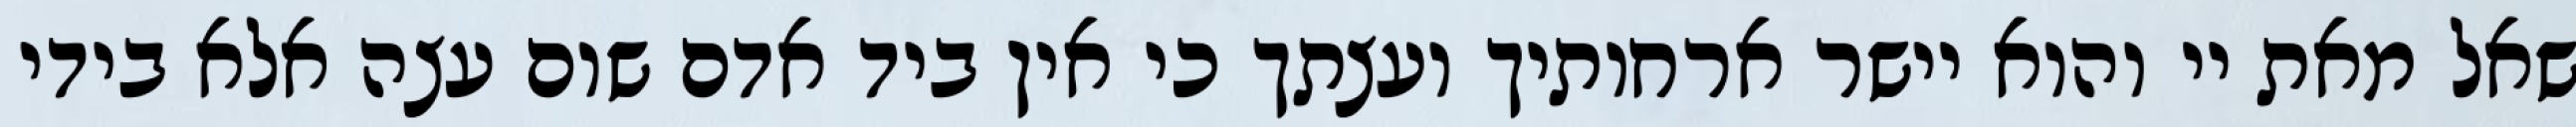
שאל מאת יי והוא יישר ארחותיך ועצתך כי אין ביד אדם שום עצה אלא בידי